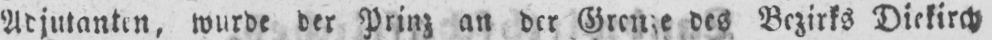
Adjutanten, wurde der Prinz an der Grenze des Bezirks Diekirch